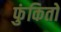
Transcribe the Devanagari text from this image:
फुंकितो